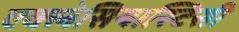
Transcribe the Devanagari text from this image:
एक्लेसियास्टिसी